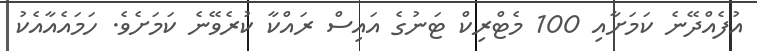
އުފެއްދޭނެ ކަމަށާއި 100 މެޓްރިކް ޓަނުގެ އައިސް ރައްކާ ކުރެވޭނެ ކަމަށެވެ. ހަމައެއާއެކު